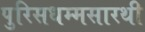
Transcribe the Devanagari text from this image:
पुरिसधम्मसारथी